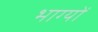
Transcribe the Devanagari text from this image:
भाग्यों